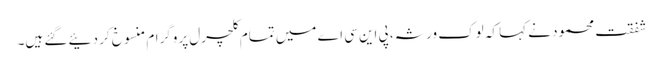
شفقت محمود نے کہا کہ لوک ورثہ، پی این سی اے میں تمام کلچرل پروگرام منسوخ کر دئیے گئے ہیں۔